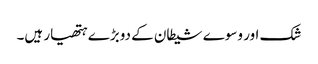
شک اور وسوے شیطان کے دوبڑے ہتھیار ہیں۔